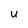
Character: U